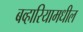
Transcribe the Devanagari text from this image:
बव्हारियामधील